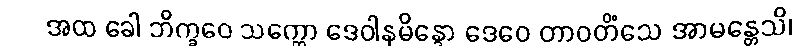
အထ ခေါ ဘိက္ခဝေ သက္ကော ဒေဝါနမိန္ဒော ဒေဝေ တာဝတိံသေ အာမန္တေသိ၊